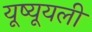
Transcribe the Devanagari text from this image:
यूष्यूयली